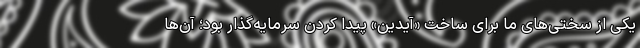
یکی از سختی‌های ما برای ساخت «آیدین» پیدا کردن سرمایه‌گذار بود؛ آن‌ها